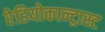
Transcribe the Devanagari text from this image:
रेडियोकान्ट्रास्ट